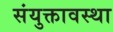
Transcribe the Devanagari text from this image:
संयुक्तावस्था